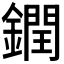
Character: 𨬔